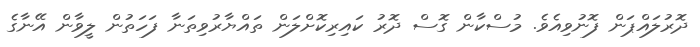
ދޮރުލައްޕަން ފޮނުވިއެވެ. މުސްކާން ގޮސް ދޮރު ކައިރިކޮށްލަން ތައްޔާރުވިތަނާ ފަހަތުން ލީވާން އޭނާގެ